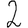
Digit: 2